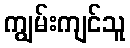
ကျွမ်းကျင်သူ